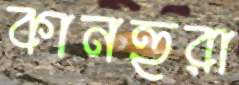
কানহুরা